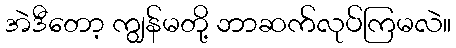
အဲဒီတော့ ကျွန်မတို့ ဘာဆက်လုပ်ကြမလဲ။